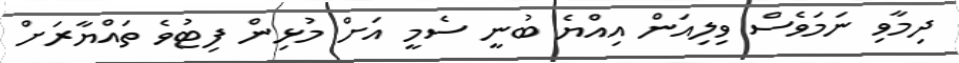
ދިމާވި ނަމަވެސް ވިލިއަން އިއްޔެ ބުނީ ސެމީ އަށް މުޅިން ފިޓުވެ ތައްޔާރަށް